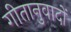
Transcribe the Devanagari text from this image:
गीतानुवादों